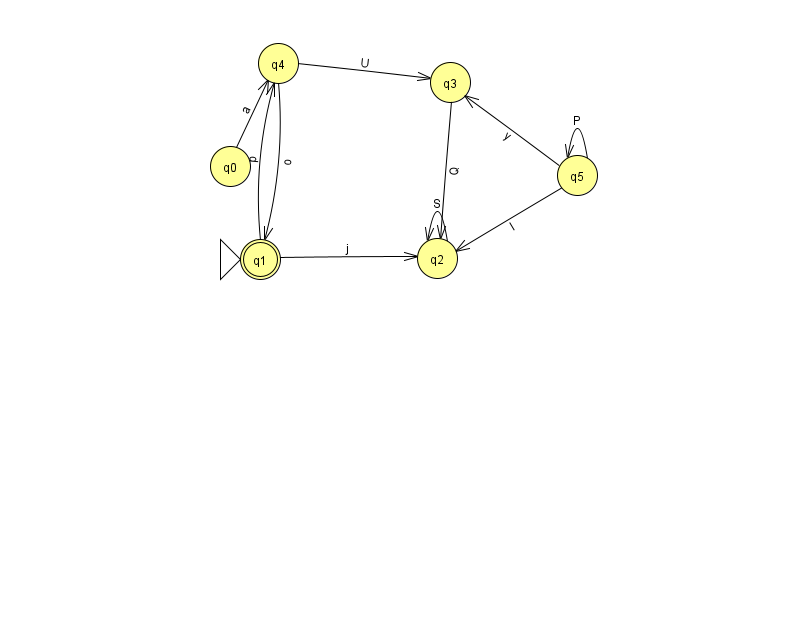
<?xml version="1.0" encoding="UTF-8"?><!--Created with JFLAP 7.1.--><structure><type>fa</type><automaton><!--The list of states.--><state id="0" name="q0"><x>230.0</x><y>153.0</y></state><state id="1" name="q1"><x>260.0</x><y>246.0</y><initial/><final/></state><state id="2" name="q2"><x>437.0</x><y>245.0</y></state><state id="3" name="q3"><x>450.0</x><y>69.0</y></state><state id="4" name="q4"><x>278.0</x><y>50.0</y></state><state id="5" name="q5"><x>577.0</x><y>162.0</y></state><!--The list of transitions.--><transition><from>5</from><to>5</to><read>P</read></transition><transition><from>2</from><to>2</to><read>S</read></transition><transition><from>1</from><to>2</to><read>j</read></transition><transition><from>1</from><to>4</to><read>p</read></transition><transition><from>3</from><to>2</to><read>Q</read></transition><transition><from>5</from><to>3</to><read>y</read></transition><transition><from>4</from><to>1</to><read>o</read></transition><transition><from>0</from><to>4</to><read>a</read></transition><transition><from>4</from><to>3</to><read>U</read></transition><transition><from>5</from><to>2</to><read>I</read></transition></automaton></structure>